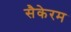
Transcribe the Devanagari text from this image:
सैकेरम